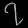
Digit: ၇